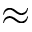
\approx